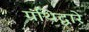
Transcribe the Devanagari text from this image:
ग्रंथिद्वारे